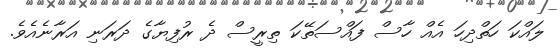
ލައްކަ ހަތްދިހަ އެއް ހާސް ފައްސަތޭކަ ތިރީސް ދެ ރުފިޔާގެ ދަރަނި އަރާނެއެވެ.